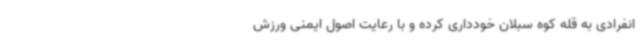
انفرادی به قله کوه سبلان خودداری کرده و با رعایت اصول ایمنی ورزش